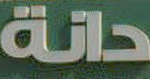
دانة